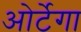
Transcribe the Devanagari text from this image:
ओर्टेगा